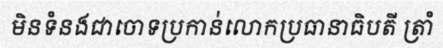
មិនទំនងជាចោទប្រកាន់លោកប្រធានាធិបតី ត្រាំ